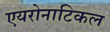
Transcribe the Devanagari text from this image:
एयरोनाटिकल